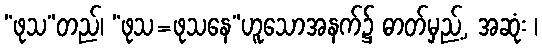
“ဖုသ”တည်၊ “ဖုသ=ဖုသနေ”ဟူသောအနက်၌ ဓာတ်မှည့်, အဆုံး ၊